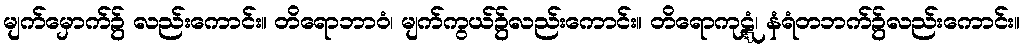
မျက်မှောက်၌ လည်းကောင်း။ တိရောဘာဝံ၊ မျက်ကွယ်၌လည်းကောင်း။ တိရောကုဋ္ဋံ၊ နံရံတဘက်၌လည်းကောင်း။